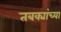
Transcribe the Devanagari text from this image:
तबक्यांच्या